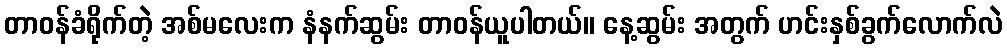
တာဝန်ခံရိုက်တဲ့ အစ်မလေးက နံနက်ဆွမ်း တာဝန်ယူပါတယ်။ နေ့ဆွမ်း အတွက် ဟင်းနှစ်ခွက်လောက်လဲ